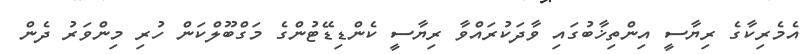
އެމެރިކާގެ ރިޔާސީ އިންތިޚާބުގައި ވާދަކުރައްވާ ރިޔާސީ ކެންޑިޑޭޓުންގެ މަގްބޫލްކަން ހުރި މިންވަރު ދެން